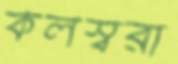
কলস্বরা